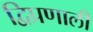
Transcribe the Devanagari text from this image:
द्विप्रणाली